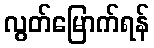
လွတ်မြောက်ရန်